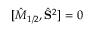
[ \hat { M } _ { 1 / 2 } , \hat { \bf { S } } ^ { 2 } ] = 0